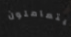
يتعاملون